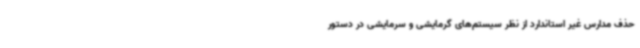
حذف مدارس غیر استاندارد از نظر سیستم‌های گرمایشی و سرمایشی در دستور